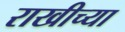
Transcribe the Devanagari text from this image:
राखीच्या